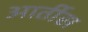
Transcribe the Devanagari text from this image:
आर्तीस